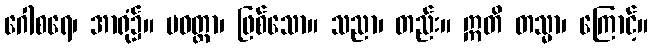
ဂေါစရေ၊ အာရုံ၌။ ပဝတ္တာ၊ ဖြစ်သော။ သညာ၊ တည်း။ ဣတိ တသ္မာ၊ ကြောင့်။